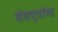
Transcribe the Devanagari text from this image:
संतप्तांना